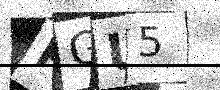
Text: PGU5